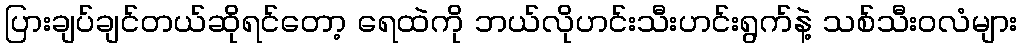
ပြားချပ်ချင်တယ်ဆိုရင်တော့ ရေထဲကို ဘယ်လိုဟင်းသီးဟင်းရွက်နဲ့ သစ်သီးဝလံများ